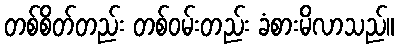
တစ်စိတ်တည်း တစ်ဝမ်းတည်း ခံစားမိလာသည်။